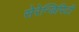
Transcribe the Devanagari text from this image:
सेरेन्डिपिटी